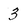
Character: 3